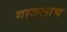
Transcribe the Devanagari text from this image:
गाजलाच